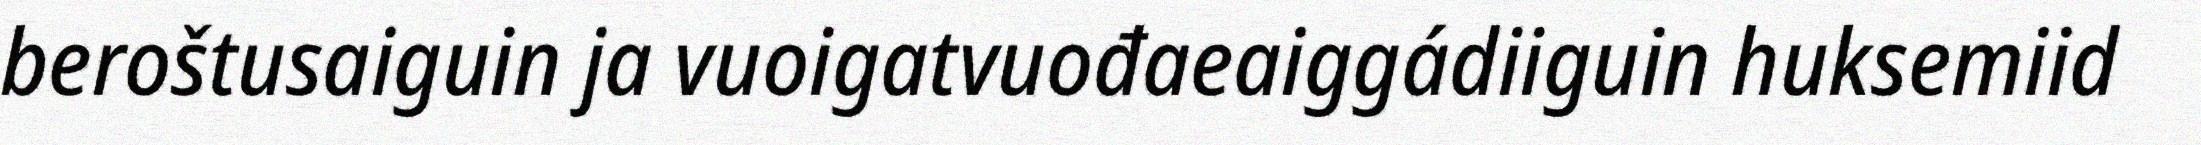
beroštusaiguin ja vuoigatvuođaeaiggádiiguin huksemiid